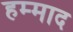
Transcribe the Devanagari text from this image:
हम्माद